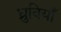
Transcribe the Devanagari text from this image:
ध्रुवियाँ